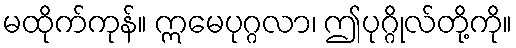
မထိုက်ကုန်။ ဣမေပုဂ္ဂလာ၊ ဤပုဂ္ဂိုလ်တို့ကို။